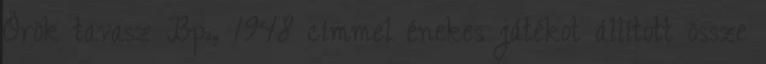
Örök tavasz Bp., 1948 címmel énekes játékot állított össze